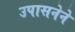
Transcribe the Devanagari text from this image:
उपासनेने